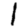
Digit: 1